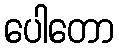
ပေါတော